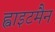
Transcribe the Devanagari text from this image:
ह्वाइटमैन